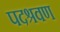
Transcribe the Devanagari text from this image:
पदश्रवण